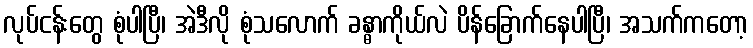
လုပ်ငန်းတွေ စုံပါပြီ၊ အဲဒီလို စုံသလောက် ခန္ဓာကိုယ်လဲ ပိန်ခြောက်နေပါပြီ၊ အသက်ကတော့